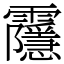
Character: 䨸